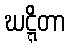
ဃဋ္ဋိတာ